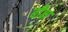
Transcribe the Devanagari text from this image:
बीक्ष